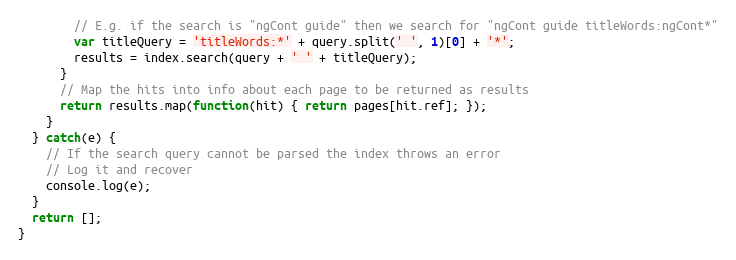
Language: JavaScript
        // E.g. if the search is "ngCont guide" then we search for "ngCont guide titleWords:ngCont*"
        var titleQuery = 'titleWords:*' + query.split(' ', 1)[0] + '*';
        results = index.search(query + ' ' + titleQuery);
      }
      // Map the hits into info about each page to be returned as results
      return results.map(function(hit) { return pages[hit.ref]; });
    }
  } catch(e) {
    // If the search query cannot be parsed the index throws an error
    // Log it and recover
    console.log(e);
  }
  return [];
}